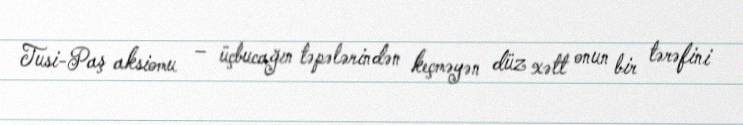
Tusi-Paş aksiomu – üçbucağın təpələrindən keçməyən düz xətt onun bir tərəfini